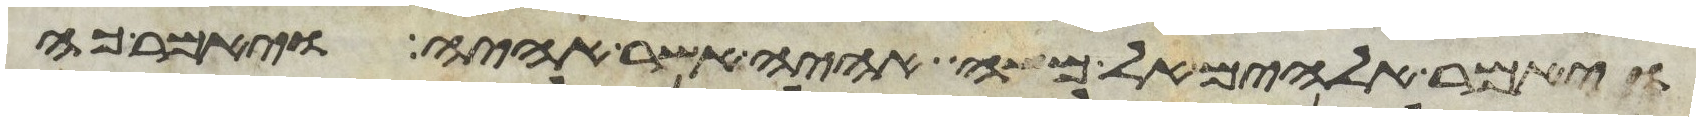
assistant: ויאמר אלהים אל משה אהיה אשר אהיה ויאמר כה